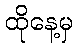
ထိုနေ့မှ